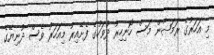
މި އަހަރުގެ ރަމަޟާން މަސް ހޮނިހިރު ދުވަހުގެ ފެށޭއިރު މިއަހަރު ވެސް ދުނިޔޭގެ